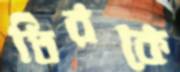
তিরকে